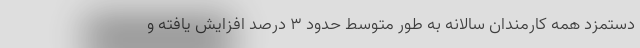
دستمزد همه کارمندان سالانه به طور متوسط حدود ۳ درصد افزایش یافته و